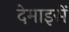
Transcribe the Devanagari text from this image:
देमाइसें